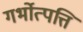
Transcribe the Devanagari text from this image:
गर्भोत्पत्ति